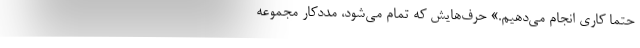
حتماً کاری انجام می‌دهیم.» حرف‌هایش که تمام می‌شود، مددکار مجموعه